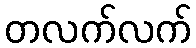
တလက်လက်